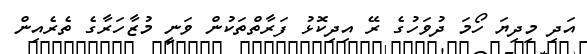
އަދި މިދިޔަ ހޯމަ ދުވަހުގެ ރޭ އިދިކޮޅު ފަރާތްތަކުން ވަނީ މުޒާހަރާގެ ތެރެއިން